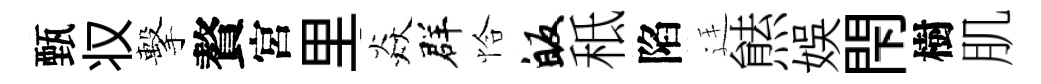
甄𠬧擊贅宮里焱群恰皈秪陷廷㷱娱閇樹肌